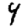
Digit: 4